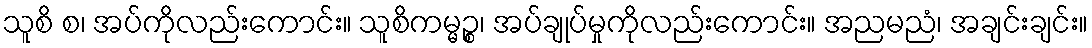
သူစိ စ၊ အပ်ကိုလည်းကောင်း။ သူစိကမ္မဉ္စ၊ အပ်ချုပ်မှုကိုလည်းကောင်း။ အညမညံ၊ အချင်းချင်း။